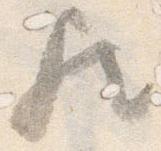
歟